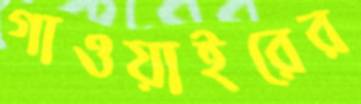
গাওয়াইরের